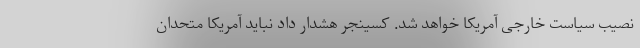
نصیب سیاست خارجی آمریکا خواهد شد. کسینجر هشدار داد نباید آمریکا متحدان